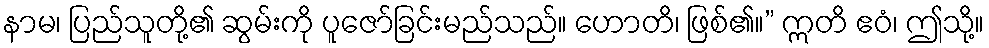
နာမ၊ ပြည်သူတို့၏ ဆွမ်းကို ပူဇော်ခြင်းမည်သည်။ ဟောတိ၊ ဖြစ်၏။” ဣတိ ဧဝံ၊ ဤသို့။